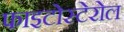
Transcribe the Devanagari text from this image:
फाइटोस्टेरोल